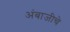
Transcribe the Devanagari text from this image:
अंबाजीचे